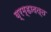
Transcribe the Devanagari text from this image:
ब्रम्हादत्त